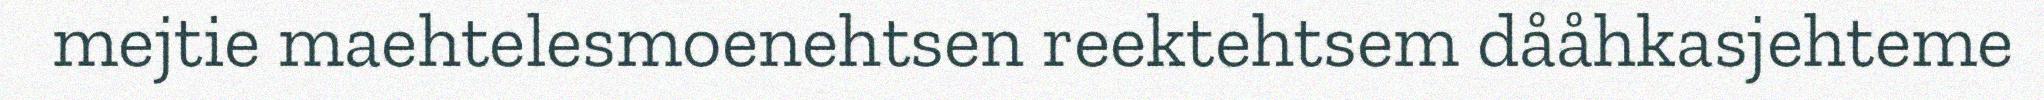
mejtie maehtelesmoenehtsen reektehtsem dååhkasjehteme